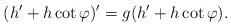
LaTeX: \begin{align*}(h'+h\cot\varphi)'=g(h'+h\cot\varphi).\end{align*}